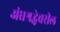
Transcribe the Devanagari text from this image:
अंधश्रद्धेवरील